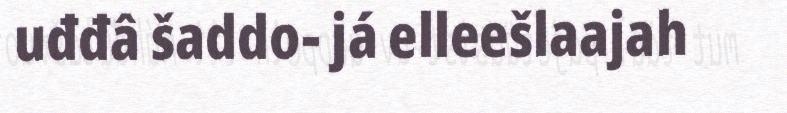
uđđâ šaddo- já elleešlaajah